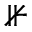
\nVdash